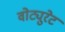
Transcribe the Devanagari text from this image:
वोट्युरेट